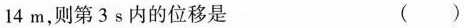
14 m，则第 3 s 内的位移是 ( )